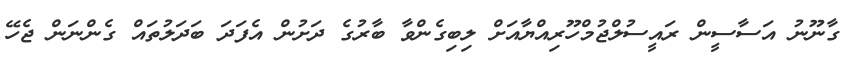
ގާނޫނު އަސާސީން ރައީސުލްޖުމްހޫރިއްޔާއަށް ލިބިގެންވާ ބާރުގެ ދަށުން އެފަދަ ބަދަލުތައް ގެންނަން ޖެހޭ